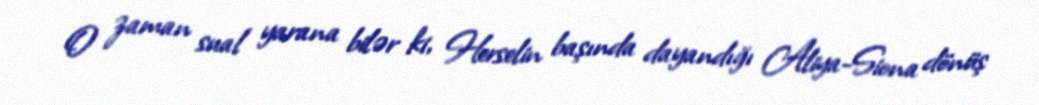
O zaman sual yarana bilər ki, Herselin başında dayandığı Aliya-Siona dönüş